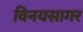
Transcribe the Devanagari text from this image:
विनयसागर